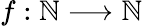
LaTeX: f:\mathbb{N}\longrightarrow\mathbb{N}